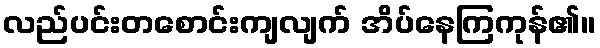
လည်ပင်းတစောင်းကျလျက် အိပ်နေကြကုန်၏။